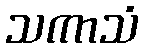
သကာသံ